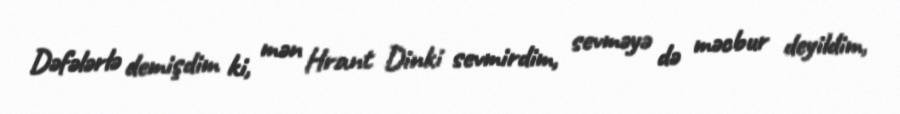
Dəfələrlə demişdim ki, mən Hrant Dinki sevmirdim, sevməyə də məcbur deyildim,